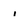
Character: 1